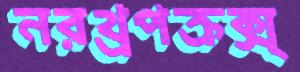
নরথ্রপক্রক্স্